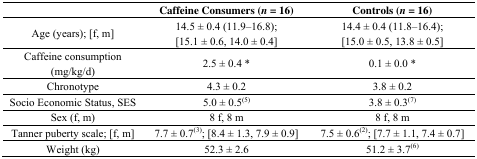
<table><thead><tr><td></td><td><b>Caffeine Consumers (<i>n</i> = 16)</b></td><td><b>Controls (<i>n</i> = 16)</b></td></tr></thead><tbody><tr><td>Age (years); [f, m]</td><td>14.5 ± 0.4 (11.9–16.8); [15.1 ± 0.6, 14.0 ± 0.4]</td><td>14.4 ± 0.4 (11.8–16.4); [15.0 ± 0.5, 13.8 ± 0.5]</td></tr><tr><td>Caffeine consumption (mg/kg/d)</td><td>2.5 ± 0.4 *</td><td>0.1 ± 0.0 *</td></tr><tr><td>Chronotype</td><td>4.3 ± 0.2</td><td>3.8 ± 0.2</td></tr><tr><td>Socio Economic Status, SES</td><td>5.0 ± 0.5<sup>(5)</sup></td><td>3.8 ± 0.3<sup>(7)</sup></td></tr><tr><td>Sex (f, m)</td><td>8 f, 8 m</td><td>8 f, 8 m</td></tr><tr><td>Tanner puberty scale; [f, m]</td><td>7.7 ± 0.7<sup>(3)</sup>; [8.4 ± 1.3, 7.9 ± 0.9]</td><td>7.5 ± 0.6<sup>(2)</sup>; [7.7 ± 1.1, 7.4 ± 0.7]</td></tr><tr><td>Weight (kg)</td><td>52.3 ± 2.6</td><td>51.2 ± 3.7<sup>(6)</sup></td></tr></tbody></table>